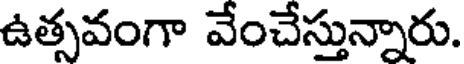
ఉత్సవంగా వేంచేస్తున్నారు.